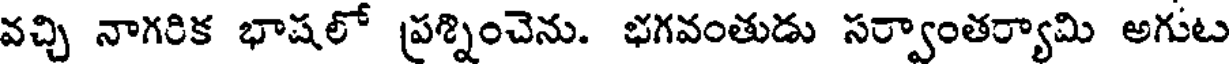
వచ్చి నాగరిక భాషలో ప్రశ్నించెను. భగవంతుడు సర్వాంతర్యామి అగుట